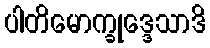
ပါတိမောက္ခုဒ္ဒေသာဒိ